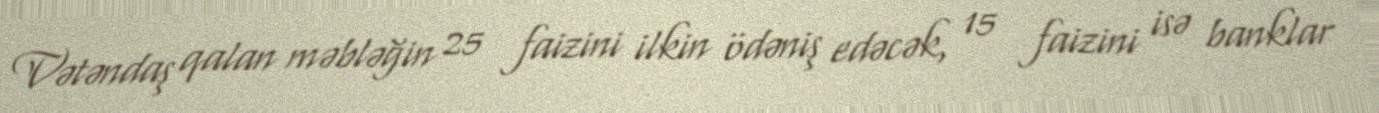
Vətəndaş qalan məbləğin 25 faizini ilkin ödəniş edəcək, 15 faizini isə banklar